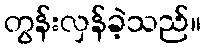
တွန်းလှန်ခဲ့သည်။